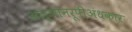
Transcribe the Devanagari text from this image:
अज्ञानरूपीअंधकार